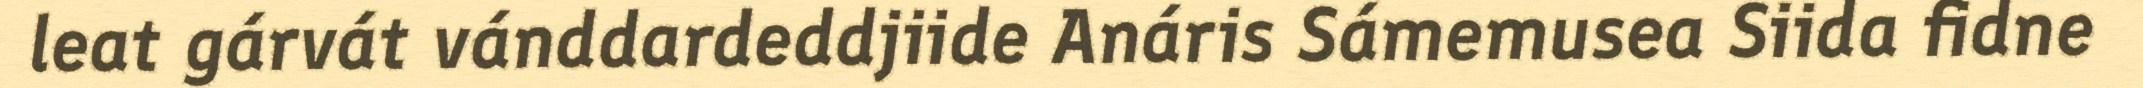
leat gárvát vánddardeddjiide Anáris Sámemusea Siida fidne